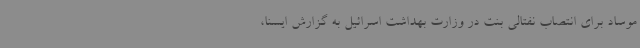
موساد برای انتصاب نفتالی بنت در وزارت بهداشت اسرائیل به گزارش ایسنا،